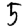
Digit: 5